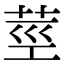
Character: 莖